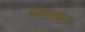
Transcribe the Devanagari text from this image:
मायलन